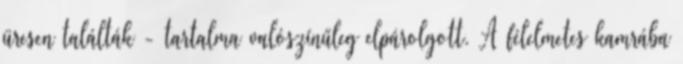
üresen találták - tartalma valószínűleg elpárolgott. A félelmetes kamrába